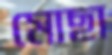
মোছা